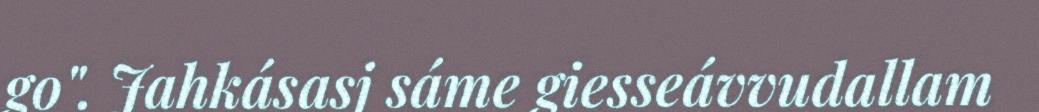
go". Jahkásasj sáme giesseávvudallam